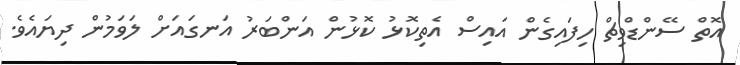
އޮތް ސޭންޑްވިޗް ހިފައިގެން އައިސް އެތިކޮޅު ކޮޅުން އަންބަރު އަނގައަށް ލަވަމުން ދިޔައެވެ.